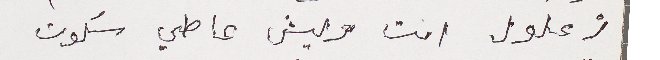
زعلول انت وعيش عاطي سُكوت